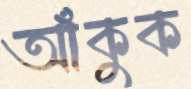
আঁকুক